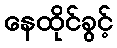
နေထိုင်ခွင့်